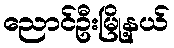
ညောင်ဦးမြို့နယ်